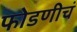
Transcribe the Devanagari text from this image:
फोडणीचं